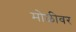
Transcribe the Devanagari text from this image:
मोळीवर